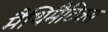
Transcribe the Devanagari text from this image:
मैथिमैटिक्स